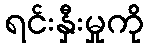
ရင်းနှီးမှုကို